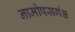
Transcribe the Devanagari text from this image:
नामोपसर्गश्च